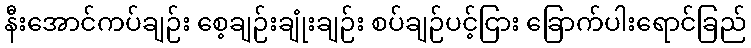
နီးအောင်ကပ်ချဉ်း စေ့ချဉ်းချုံးချဉ်း စပ်ချဉ်ပင့်ငြား ခြောက်ပါးရောင်ခြည်